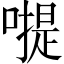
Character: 𠽮